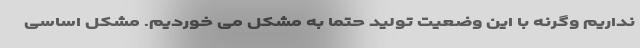
نداریم وگرنه با این وضعیت تولید حتماً به مشکل می خوردیم. مشکل اساسی